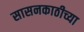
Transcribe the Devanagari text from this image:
सासनकाठीच्या